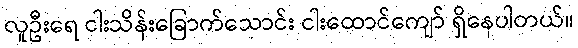
လူဦးရေ ငါးသိန်းခြောက်သောင်း ငါးထောင်ကျော် ရှိနေပါတယ်။